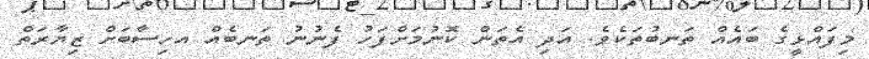
މިފައްޅީގެ ބައެއް ތަނބުތަކެވެ. އަދި އެތަން ކޮނުމަށްފަހު ފެނުނު ތަނބެއް އހިސާބަށް ޒިޔާރަތް